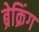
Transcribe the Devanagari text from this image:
ब्रेक्रिंग